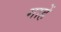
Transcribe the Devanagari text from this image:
गाहें